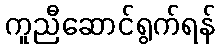
ကူညီဆောင်ရွက်ရန်